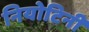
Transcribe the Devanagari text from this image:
नियोटिनी